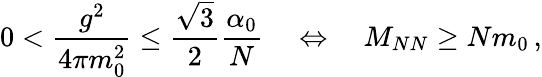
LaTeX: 0<\frac{g^{2}}{4\pi m_{0}^{2}}\leq\frac{\sqrt{3}}{2}\frac{\alpha_{0}}{N}\quad\Leftrightarrow\quad M_{NN}\geq Nm_{0}\, ,